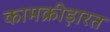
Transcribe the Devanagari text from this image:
कामक्रीड़ारत